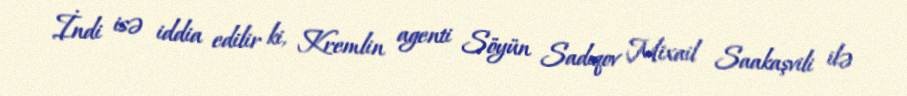
İndi isə iddia edilir ki, Kremlin agenti Söyün Sadıqov Mixail Saakaşvili ilə